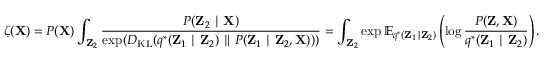
\zeta ( \mathbf { X } ) = P ( \mathbf { X } ) \int _ { \mathbf { Z } _ { 2 } } { \frac { P ( \mathbf { Z } _ { 2 } \mid \mathbf { X } ) } { \exp ( D _ { \mathrm { K L } } ( q ^ { * } ( \mathbf { Z } _ { 1 } \mid \mathbf { Z } _ { 2 } ) \parallel P ( \mathbf { Z } _ { 1 } \mid \mathbf { Z } _ { 2 } , \mathbf { X } ) ) ) } } = \int _ { \mathbf { Z } _ { 2 } } \exp \mathbb { E } _ { q ^ { * } ( \mathbf { Z } _ { 1 } \mid \mathbf { Z } _ { 2 } ) } \left( \log { \frac { P ( \mathbf { Z } , \mathbf { X } ) } { q ^ { * } ( \mathbf { Z } _ { 1 } \mid \mathbf { Z } _ { 2 } ) } } \right) .